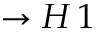
\to H \, 1